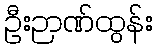
ဦးဉာဏ်ထွန်း